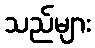
သည်များ